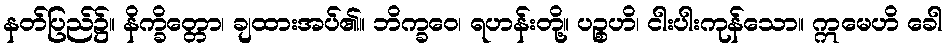
နတ်ပြည်၌။ နိက္ခိတ္တော၊ ချထားအပ်၏။ ဘိက္ခဝေ၊ ရဟန်းတို့။ ပဉ္စဟိ၊ ငါးပါးကုန်သော။ ဣမေဟိ ခေါ